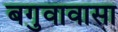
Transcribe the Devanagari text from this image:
बगुवावासा